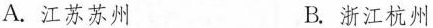
A.江苏苏州 B.浙江杭州